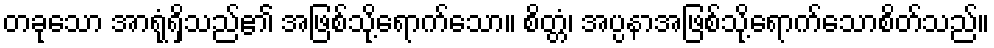
တခုသော အာရုံရှိသည်၏ အဖြစ်သို့ရောက်သော။ စိတ္တံ၊ အပ္ပနာအဖြစ်သို့ရောက်သောစိတ်သည်။